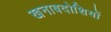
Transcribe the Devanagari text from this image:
खनाबदोशियों